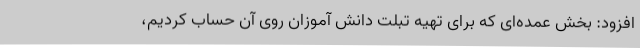
افزود: بخش عمده‌ای که برای تهیه تبلت دانش آموزان روی آن حساب کردیم،